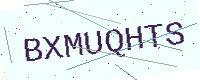
Text: BXMUQHTS